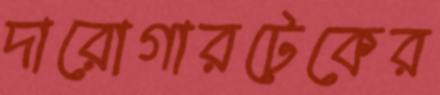
দারোগারটেকের